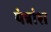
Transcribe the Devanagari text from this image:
यंत्रांश